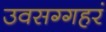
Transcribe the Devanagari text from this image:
उवसग्गहरं